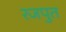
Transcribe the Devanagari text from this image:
रजपुत